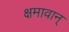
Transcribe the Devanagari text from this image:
क्षमावान्